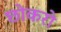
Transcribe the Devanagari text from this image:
छोकरो